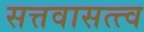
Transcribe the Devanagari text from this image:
सत्तवासत्त्व